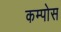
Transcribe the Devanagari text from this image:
कम्पोस